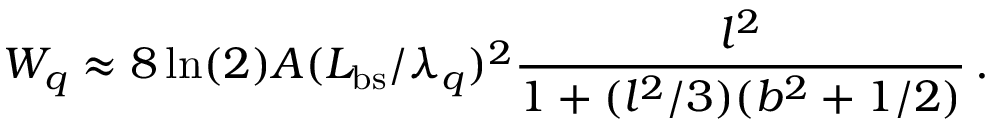
W _ { q } \approx 8 \ln ( 2 ) A ( L _ { \mathrm { b s } } / \lambda _ { q } ) ^ { 2 } \frac { l ^ { 2 } } { 1 + ( l ^ { 2 } / 3 ) ( b ^ { 2 } + 1 / 2 ) } \, .